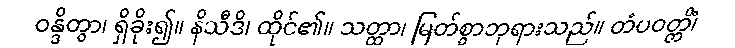
ဝန္ဒိတွာ၊ ရှိခိုး၍။ နိသီဒိ၊ ထိုင်၏။ သတ္ထာ၊ မြတ်စွာဘုရားသည်။ တံပဝတ္တိံ၊